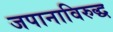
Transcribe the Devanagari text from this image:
जपानाविरुद्ध